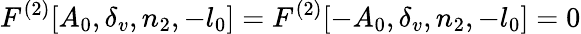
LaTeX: F^{(2)}[A_{0},\delta_{v},n_{2},-l_{0}]=F^{(2)}[-A_{0},\delta_{v},n_{2},-l_{0}]=0